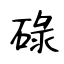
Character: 碌